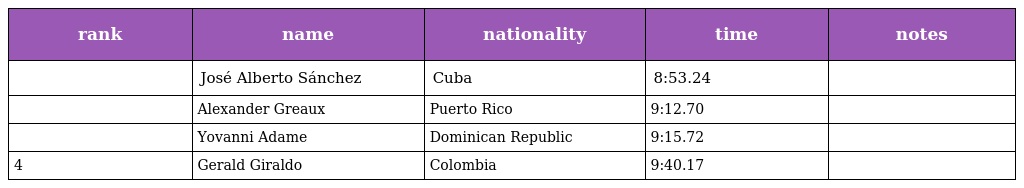
| rank | name | nationality | time | notes |
 | --- | --- | --- | --- | --- |
 |  | José Alberto Sánchez | Cuba | 8:53.24 |  |
 |  | Alexander Greaux | Puerto Rico | 9:12.70 |  |
 |  | Yovanni Adame | Dominican Republic | 9:15.72 |  |
 | 4 | Gerald Giraldo | Colombia | 9:40.17 |  |